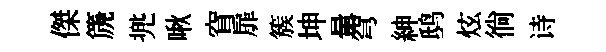
傑篪兠啾窅扉簇坤暈穹紳鸱炫徜诗